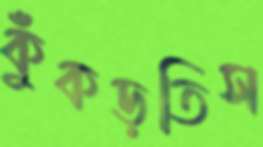
কুঁকড়তিস